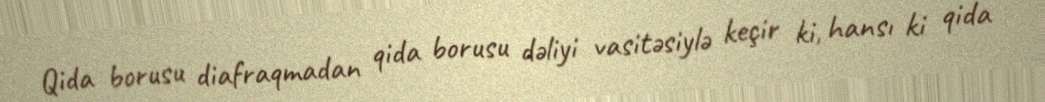
Qida borusu diafraqmadan qida borusu dəliyi vasitəsiylə keçir ki, hansı ki qida